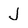
Character: J